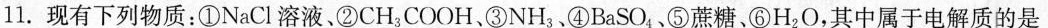
11.现有下列物质：①NaCl溶液、②CH_{3|COOH、③NH_{3|、④BaSO_{4|、⑤蔗糖、⑥H_{2|O，其中属于电解质的是